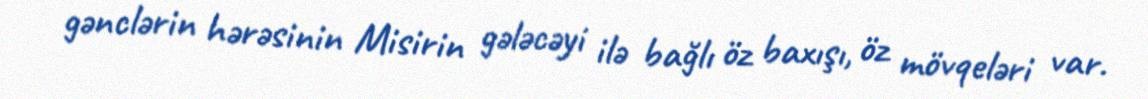
gənclərin hərəsinin Misirin gələcəyi ilə bağlı öz baxışı, öz mövqeləri var.